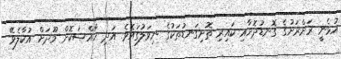
އުޅެނީ ރަށްރަށުގެ ގޮނޑުދޮށާއި ކައިރި ތޮށިގަނޑުތަކުގެ ނިވަލުގައެވެ. އަދި ޚާއްޞަކޮށް މޫދަށް އުކާލެވޭ